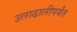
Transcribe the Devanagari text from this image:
उलाढालीपर्यंत